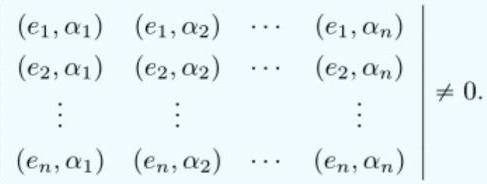
\[
\begin{vmatrix}
(e_1, \alpha_1) & (e_1, \alpha_2) & \cdots & (e_1, \alpha_n) \\
(e_2, \alpha_1) & (e_2, \alpha_2) & \cdots & (e_2, \alpha_n) \\
\vdots & \vdots & & \vdots \\
(e_n, \alpha_1) & (e_n, \alpha_2) & \cdots & (e_n, \alpha_n)
\end{vmatrix} \neq 0.
\]